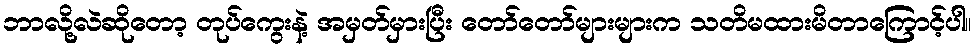
ဘာလို့လဲဆိုတော့ တုပ်ကွေးနဲ့ အမှတ်မှားပြီး တော်တော်များများက သတိမထားမိတာကြောင့်ပါ။